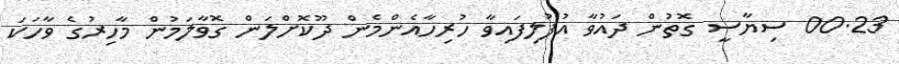
00.23 ސިޔާސީ ގޮތުން ދައުވާ އުފުލިފައިވާ ހުރިހާއެންމެން ދޫކޮށްލަން ގޮވާލަމުން މާހިރުގެ ވާހަކަ